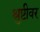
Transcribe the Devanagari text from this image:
श्रुष्टीवर